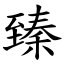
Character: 臻